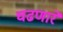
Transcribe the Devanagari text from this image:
चढणारे